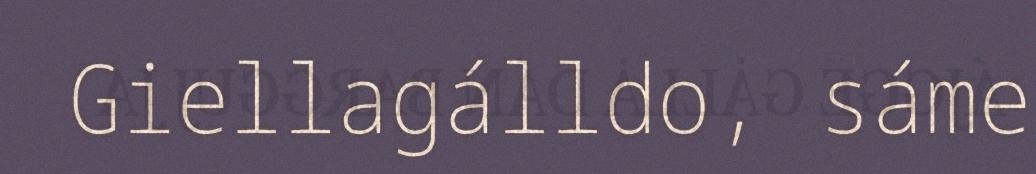
Giellagálldo, sáme